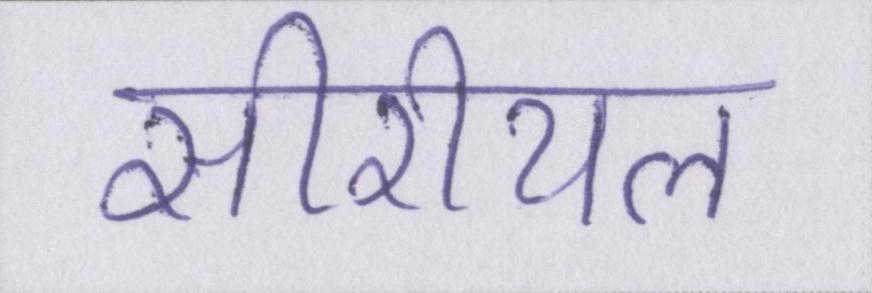
सीरीयल